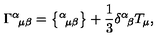
\Gamma ^ { \alpha } { } _ { \! \mu \beta } = \big \{ { } ^ { \alpha } { } _ { \! \mu \beta } \big \} + \frac { 1 } { 3 } \delta ^ { \alpha } { } _ { \! \beta } T _ { \mu } ,